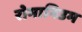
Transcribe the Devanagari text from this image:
रोमानिउम